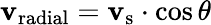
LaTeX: \mathbf{v}_{\mathrm{{radial}}}=\mathbf{v}_{\mathrm{{s}}}\cdot\cos{\theta}